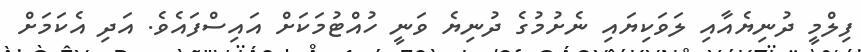
ފިލްމީ ދުނިޔެއާއި ލަވަކިޔައި ނެށުމުގެ ދުނިޔެ ވަނީ ހުއްޓުމަކަށް އައިސްފައެވެ. އަދި އެކަމަށް